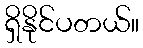
ရှိနိုင်ပတယ်။